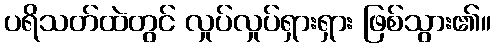
ပရိသတ်ထဲတွင် လှုပ်လှုပ်ရှားရှား ဖြစ်သွား၏။